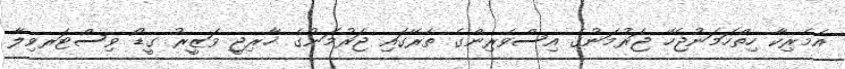
އެމެރިކާ ހިތްހަމަނުޖެހޭ ޖަރުމަނުގެ އިސްވެރިންގެ ތެރޭގައި ޖަރުމަނުގެ ޚާރިޖީ ވަޒީރު ގީޑޯ ވިސްޓަރވިލާ